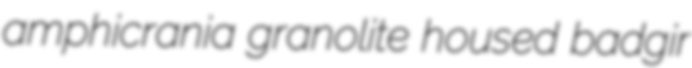
amphicrania granolite housed badgir